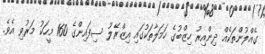
ގެއްލުންތަކެއް ދިންއިރު ހިޒްބުގެ ހަމަލާތަކުގައި އިޒްރޭލު ސިފައިންގެ 160 މީހަކު މަރުވި އެވެ.